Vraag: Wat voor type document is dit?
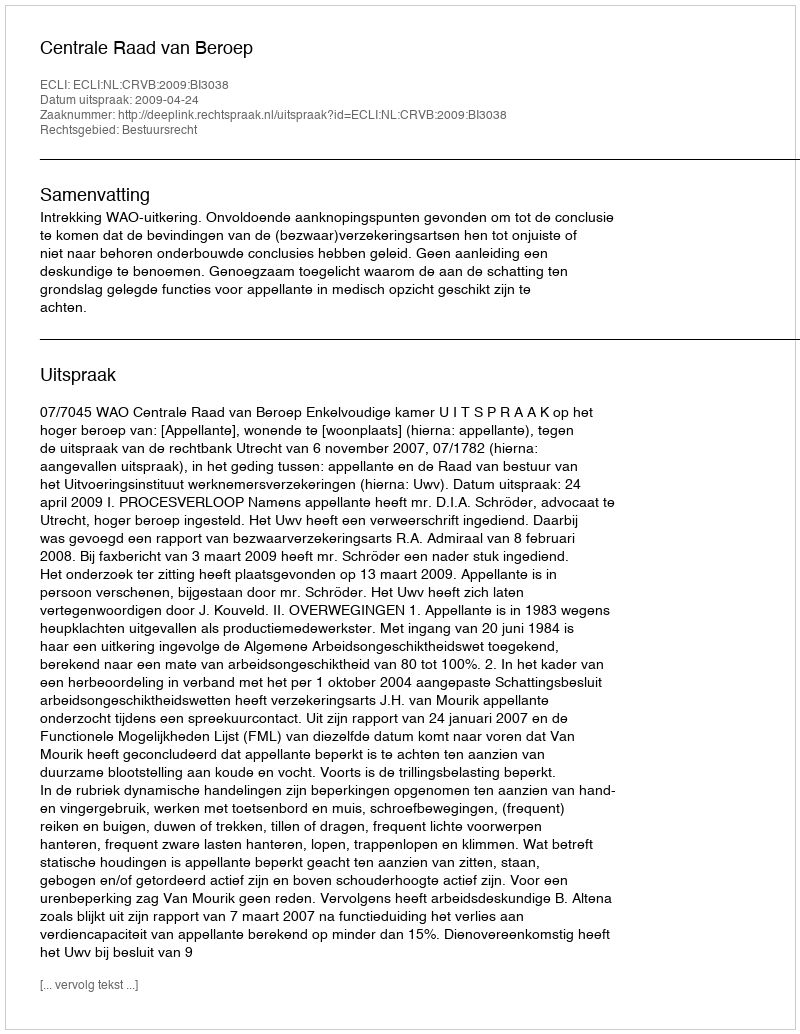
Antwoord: Uitspraak